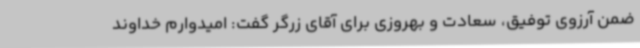
ضمن آرزوی توفیق، سعادت و بهروزی برای آقای زرگر گفت: امیدوارم خداوند